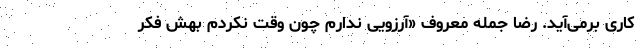
کاری برمی‌آید. رضا جمله معروف «آرزویی ندارم چون وقت نکردم بهش فکر